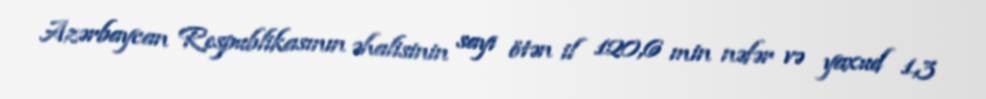
Azərbaycan Respublikasının əhalisinin sayı ötən il 120,6 min nəfər və yaxud 1,3